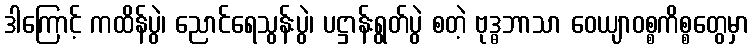
ဒါကြောင့် ကထိန်ပွဲ၊ ညောင်ရေသွန်းပွဲ၊ ပဋ္ဌာန်းရွတ်ပွဲ စတဲ့ ဗုဒ္ဓဘာသာ ဝေယျာဝစ္စကိစ္စတွေမှာ